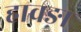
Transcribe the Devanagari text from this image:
हावङा